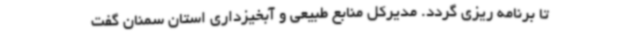
تا برنامه ریزی گردد. مدیرکل منابع طبیعی و آبخیزداری استان سمنان گفت